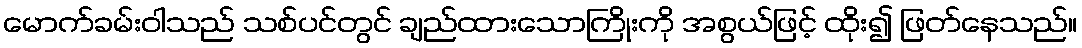
မောက်ခမ်းဝါသည် သစ်ပင်တွင် ချည်ထားသောကြိုးကို အစွယ်ဖြင့် ထိုး၍ ဖြတ်နေသည်။